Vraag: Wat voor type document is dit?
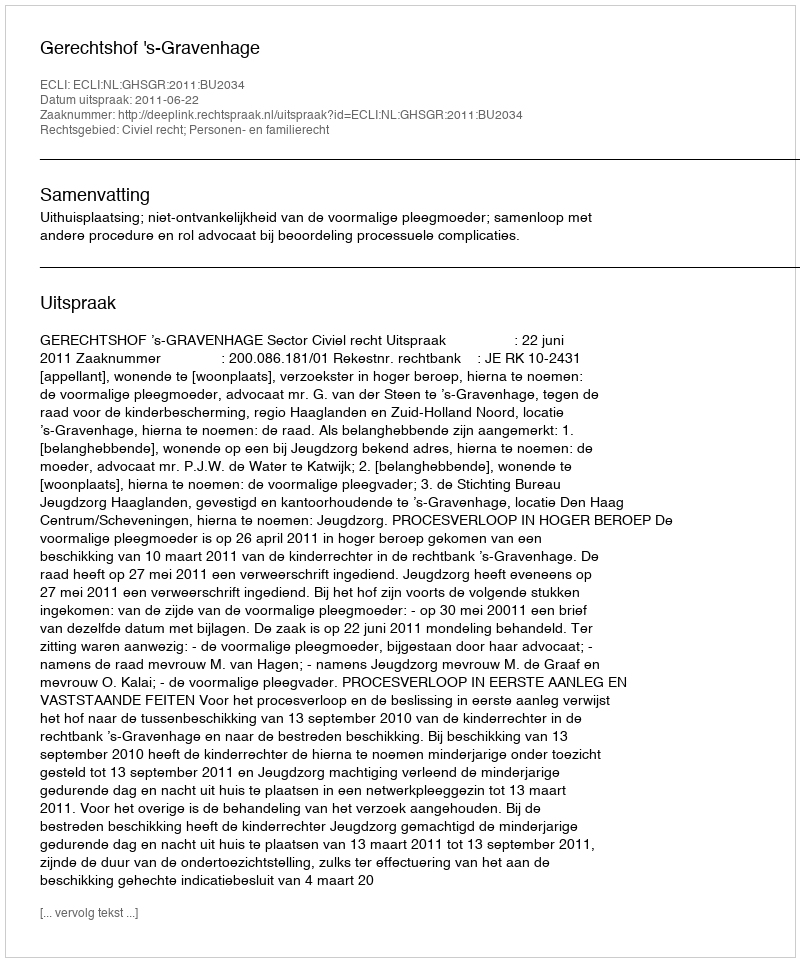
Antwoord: Uitspraak